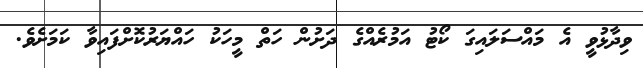
ވިދާޅުވީ އެ މައްސަލައިގަ ކޯޓު އަމުރެއްގެ ދަށުން ހަތް މީހަކު ހައްޔަރުކޮށްފައިވާ ކަމަށެވެ.